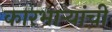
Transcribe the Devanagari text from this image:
कारभार्‍यांची